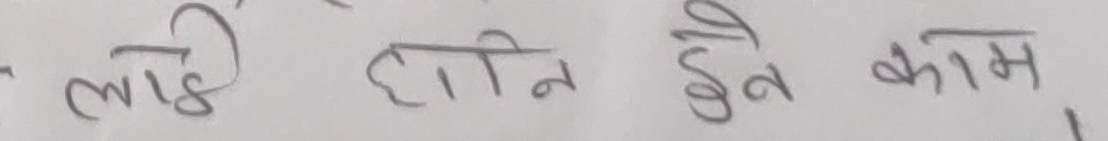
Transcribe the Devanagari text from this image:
लाई होन हुने काम ।